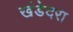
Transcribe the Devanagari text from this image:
खंडेदरा